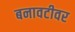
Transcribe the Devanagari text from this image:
बनावटीवर